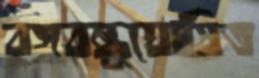
বঙ্গবন্ধুঘোষিত